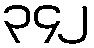
၃၄၂